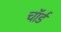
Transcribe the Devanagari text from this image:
चॉर्ड